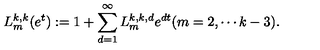
L _ { m } ^ { k , k } ( e ^ { t } ) : = 1 + \sum _ { d = 1 } ^ { \infty } L _ { m } ^ { k , k , d } e ^ { d t } ( m = 2 , \cdots k - 3 ) .